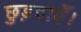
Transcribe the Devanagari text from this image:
छुड़वाएँ।